Annual administration report of the Civil Veterinary Department of India - 1895-1896
Year: 1895
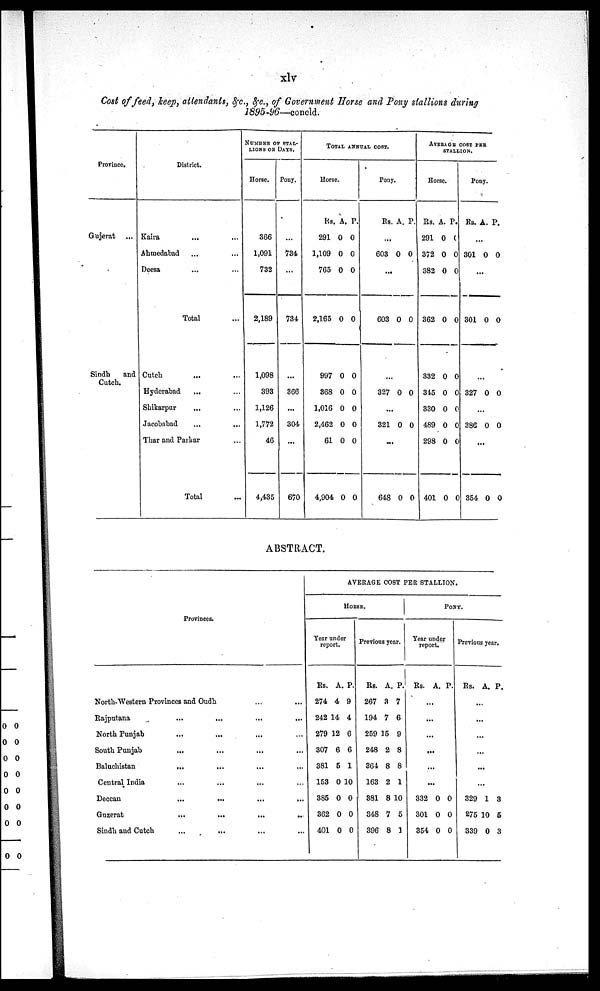
xlv
Cost of feed, keep, attendants, &c., &c., of Government Horse and Pony stallions during
1895-96—concld.
Province.
Gujerat ...
Sindh
and
Cutch.
District.
Kaira ... ...
Ahmedabad ... ...
Deesa ... ...
Total ...
Cutch ... ...
Hyderabad ... ...
Shikarpur ... ...
Jacobabad ... ...
Thar and Parkar ... ...
Total...
NUMBER OF STAL-
----- OR DAYS.
Horse.
366
1,091
732
2,189
1,098
393
1,126
1,772
46
4,435
Pony.
...
734
...
734
...
366
...
304
...
670
TOTAL ANNUAL COST.
Horse.
Rs.
291
1,109
765
2,165
997
368
1,016
2,462
61
4,904
A.
0
0
0
0
0
0
0
0
0
0
P.
0
0
0
0
0
0
0
0
0
0
Pony.
Rs. A. P.
...
603 0 0
...
603 0 0
...
327 0 0
...
321 0 0
...
648 0 0
AVERAGE COST PER
STALLION.
Horse.
Rs.
291
372
382
362
332
345
330
489
298
401
A.
0
0
0
0
0
0
0
0
0
0
P.
0
0
0
0
0
0
0
0
0
0
Pony.
Rs. A. P.
...
301 0 0
...
301 0 0
...
327 0 0
...
386 0 0
...
354 0 0
ABSTRACT.
Provinces.
North-Western Provinces and Oudh ... ...
Rajputana ... ... ... ...
North Punjab ... ... ... ...
South Punjab ... ... ... ...
Baluchistan ... ... ... ...
Central India ... ... ... ...
Deccan ... ... ... ...
Guzerat ... ... ... ...
Sindh and Cutch ... ...
AVERAGE COST PER STALLION.
HORSE.
Year under
report.
Rs.
274
242
279
307
381
153
385
362
401
A.
4
14
12
6
5
0
0
0
0
P.
9
4
6
6
1
10
0
0
0
Previous year.
Rs.
267
194
259
248
364
163
381
348
396
A.
3
7
15
2
8
2
8
7
8
P.
7
6
9
8
8
1
10
5
1
PONY.
Year under
report.
Rs. A. P.
...
...
...
...
...
...
332
301
354
0
0
0
0
0
0
Previous year.
Rs. A. P.
...
...
...
...
...
329
275
339
1
10
0
3
5
3